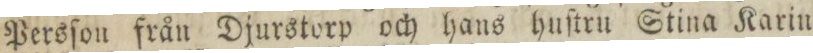
Persſon från Djurstorp och hans huſtru Stina Karin